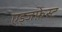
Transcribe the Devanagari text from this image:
एड्जफ़ेस्ट